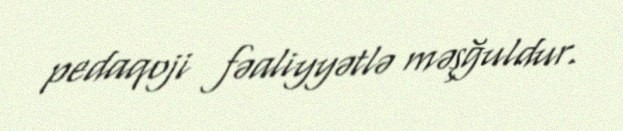
pedaqoji fəaliyyətlə məşğuldur.